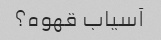
آسیاب قهوه؟